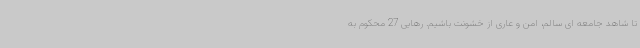
تا شاهد جامعه ای سالم، امن و عاری از خشونت باشیم. رهایی 27 محکوم به